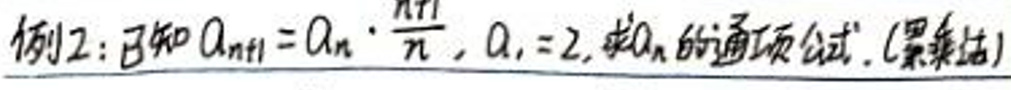
例2:已知\(a_{n+1}=a_{n}\cdot\frac{n+1}{n}\), \(a_{1}=2\), 求\(a_{n}\)的通项公式.(累乘法)